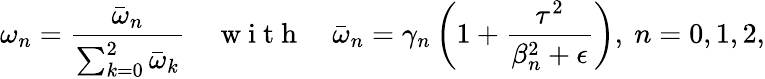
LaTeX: \omega_{n}=\frac{\bar{\omega}_{n}}{\sum_{k=0}^{2}\bar{\omega}_{k}}\quad\mathrm{~w~i~t~h~}\quad\bar{\omega}_{n}=\gamma_{n}\left(1+\frac{\tau^{2}}{\beta_{n}^{2}+\epsilon}\right),~n=0,1,2,